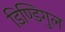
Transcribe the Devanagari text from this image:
डिण्डिगुल